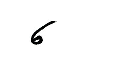
6